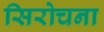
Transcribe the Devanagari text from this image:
सिरोचना